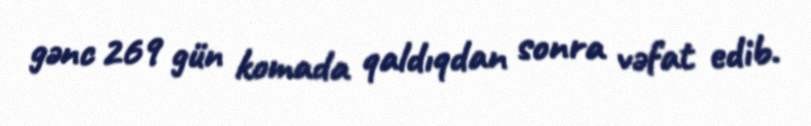
gənc 269 gün komada qaldıqdan sonra vəfat edib.